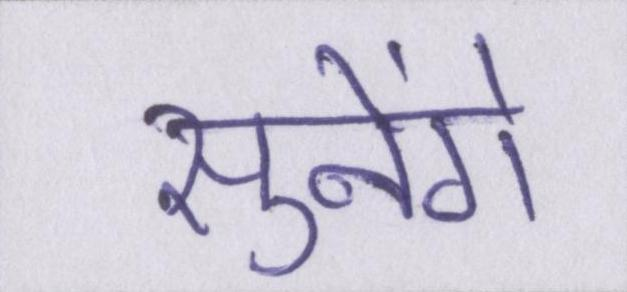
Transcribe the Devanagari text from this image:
सुनेंगे